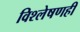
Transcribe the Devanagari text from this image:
विश्‍लेषणही